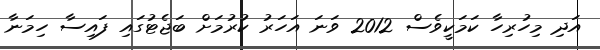
އަދި މިހުރިހާ ކަމަކީވެސް 2012 ވަނަ އަހަރު ކުރުމަށް ބަޖެޓުގައި ފައިސާ ހިމަނާ